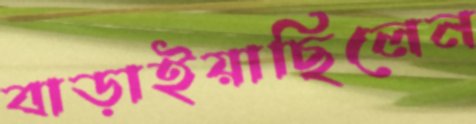
বাড়াইয়াছিলেন